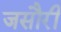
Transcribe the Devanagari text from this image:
जसौरी